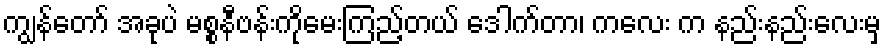
ကျွန်တော် အခုပဲ မစ္စနီဗန်းကိုမေးကြည့်တယ် ဒေါက်တာ၊ ကလေး က နည်းနည်းလေးမှ